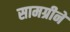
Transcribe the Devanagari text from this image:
सामग्रीने